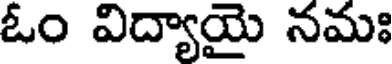
ఓం విద్యాయై నమః